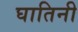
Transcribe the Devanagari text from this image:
घातिनी